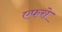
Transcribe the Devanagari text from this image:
एफरो